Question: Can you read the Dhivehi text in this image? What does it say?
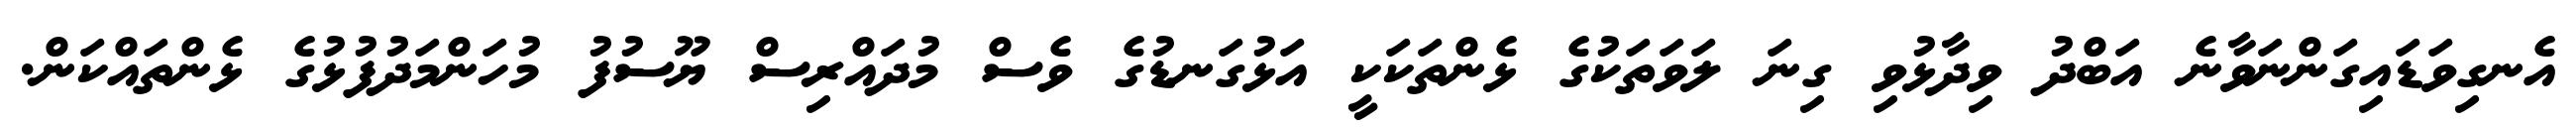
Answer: އެނގިވަޑައިގަންނަވާނެ އަބްދު ވިދާޅުވި ގިނަ ލަވަތަކުގެ ޅެންތަކަކީ އަޅުގަނޑުގެ ވެސް މުދައްރިސް ޔޫސުފު މުހަންމަދުފުޅުގެ ޅެންތައްކަން.